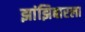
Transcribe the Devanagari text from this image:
झांझिबारला